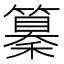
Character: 𥣚